DOW-UAP-D38, Range Fouler Debrief, Middle East, May 2020
Agency: Department of War
Incident date: 5/14/20
Incident location: Persian Gulf
Page 1
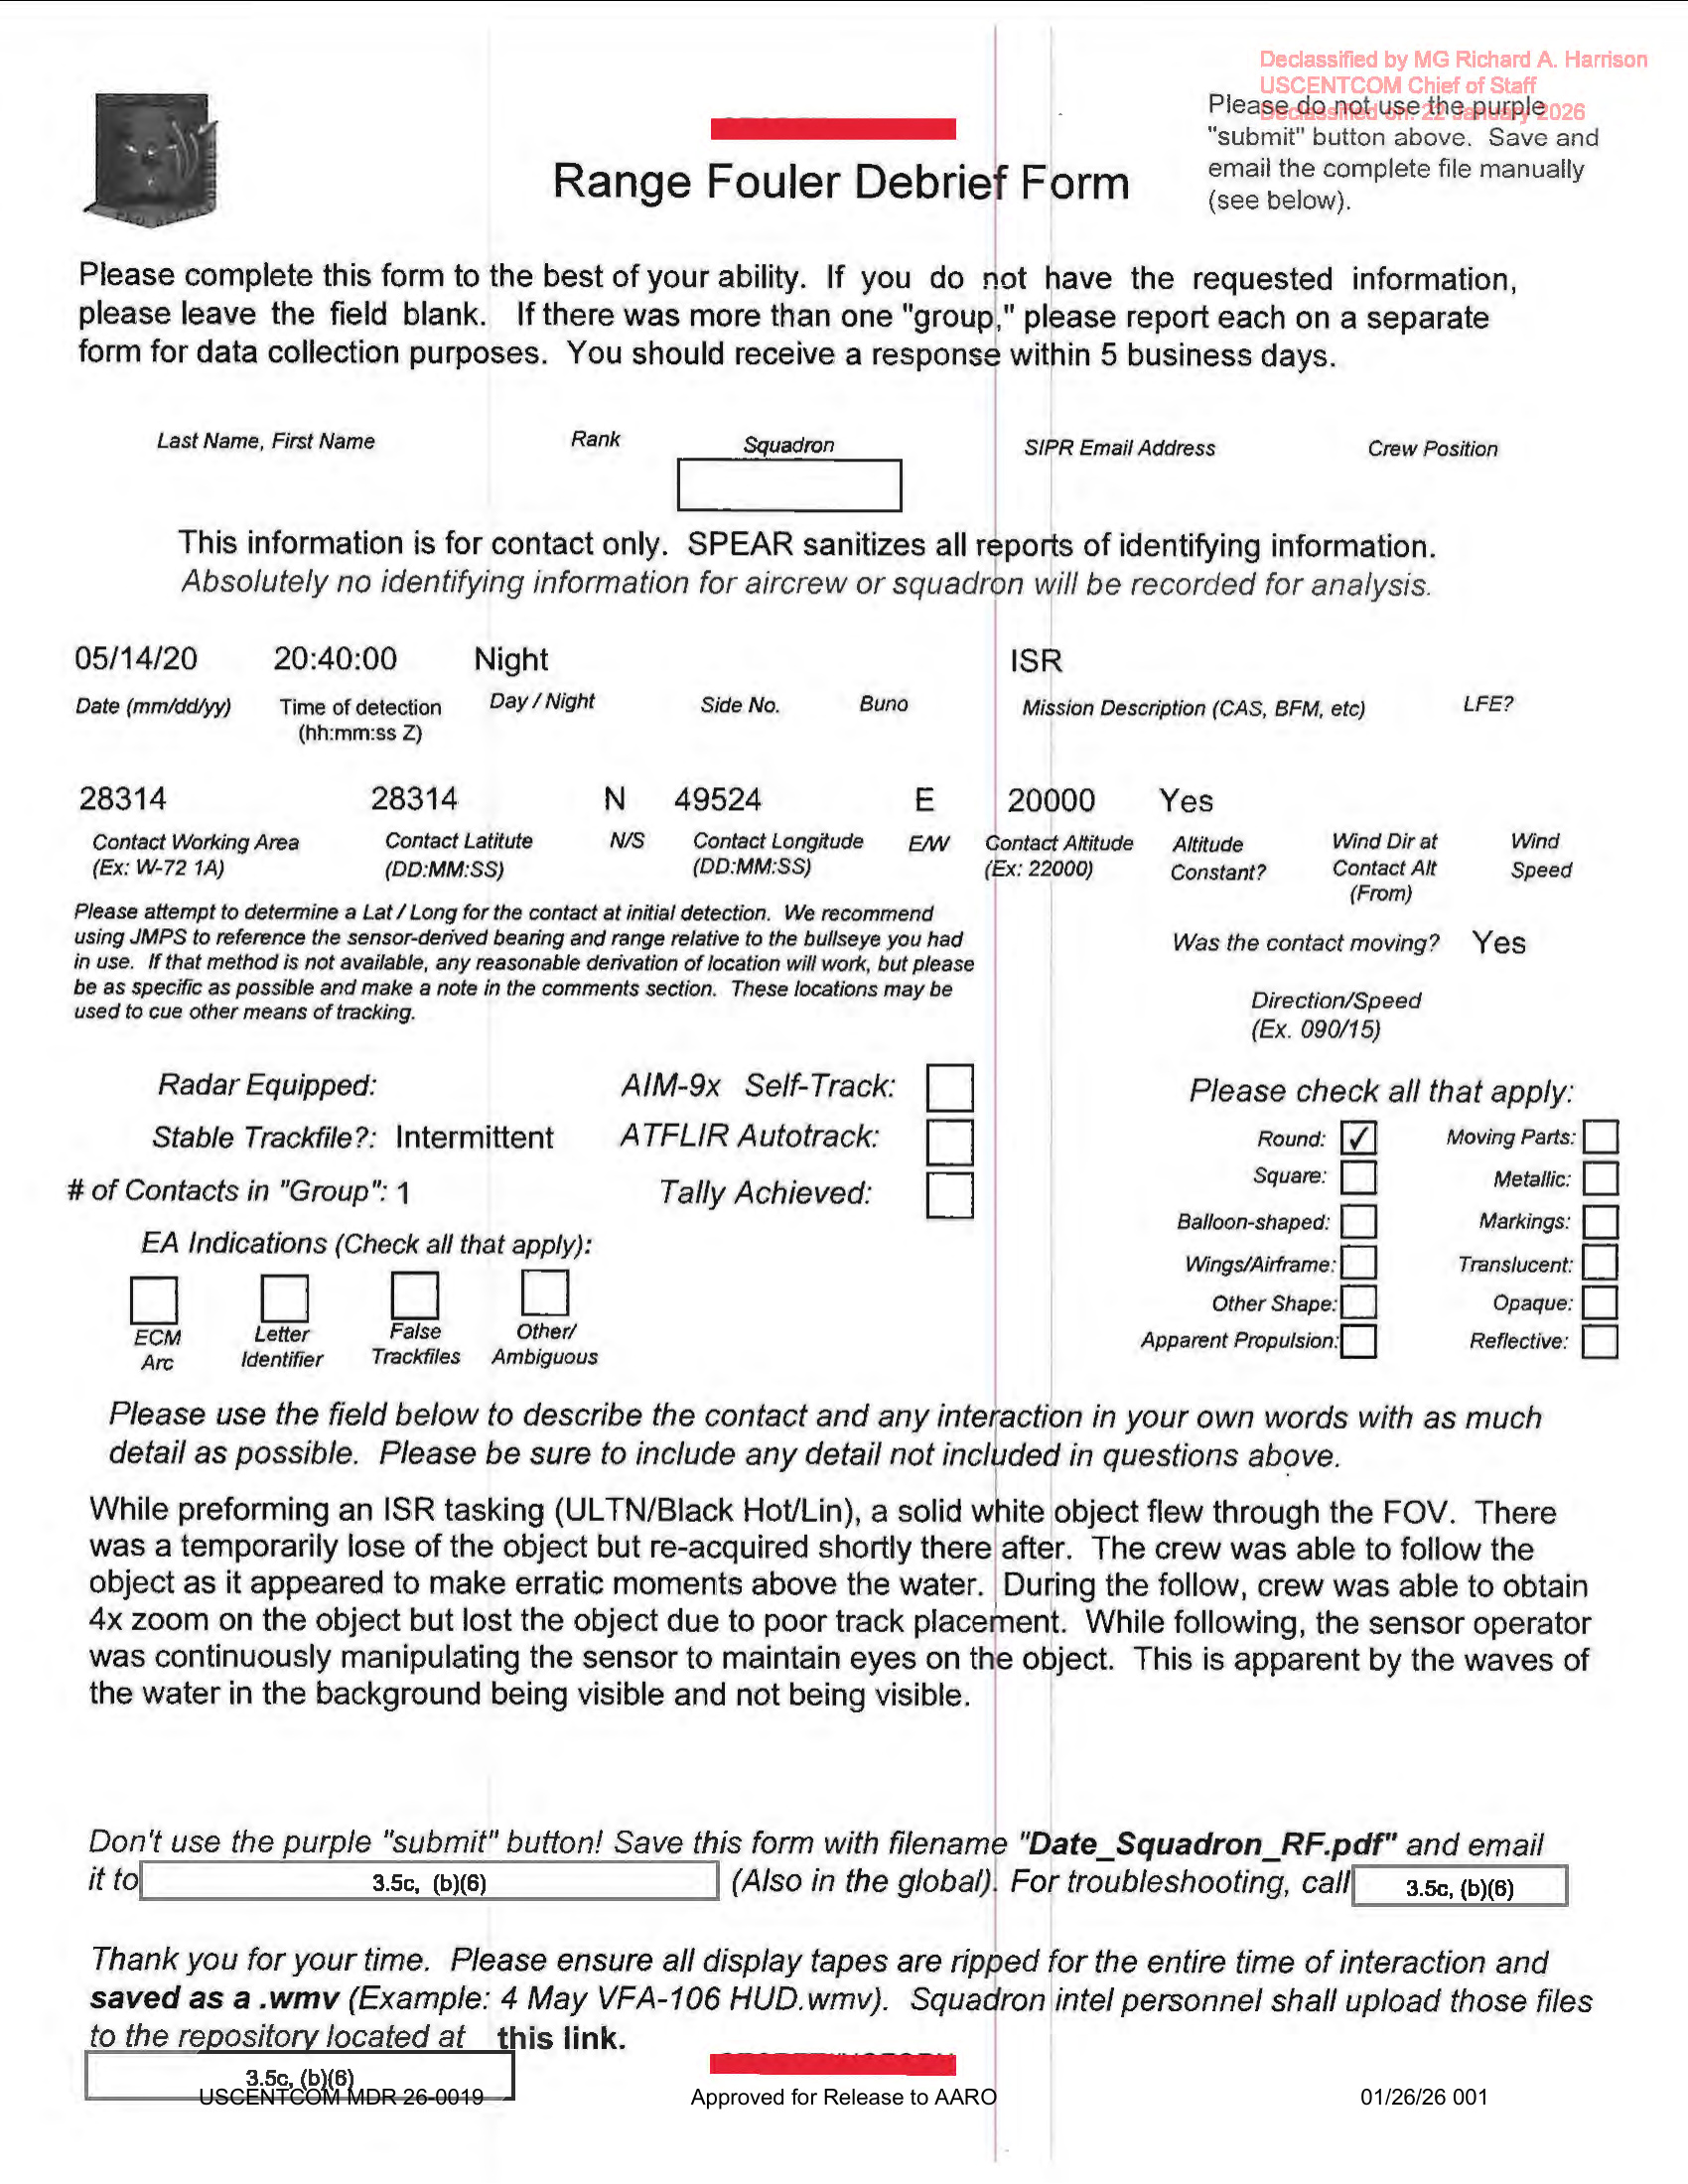